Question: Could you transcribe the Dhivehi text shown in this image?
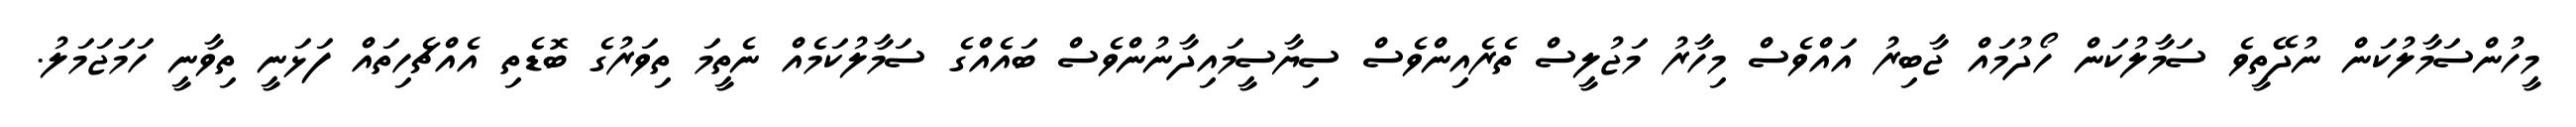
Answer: މީހުންސަމާލުކަން ނުދޭތީވެ ސަމާލުކަން ހޯދުމައް ޖާބިރު އައްވެސް މިހާރު މަޖުލީސް ތެރެއިންވެސް ސިޔާސީމައިދާނުންވެސް ބައެއްގެ ސަމާލުކަމެއް ނެތީމަ ތިވަރުގެ ބޮޑެތި އެއްޗެހިތައް ފަޅަނީ ތިވާނީ ހަމަޖަމަލު.